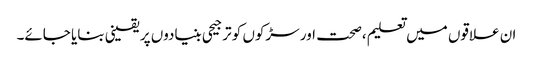
ان علاقوں میں تعلیم ،صحت اور سڑکوں کو ترجیحی بنیادوں پر یقینی بنایا جائے۔